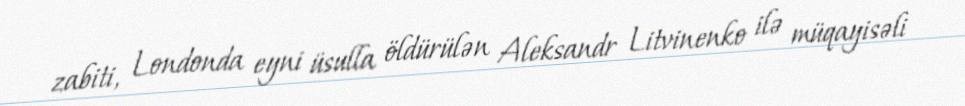
zabiti, Londonda eyni üsulla öldürülən Aleksandr Litvinenko ilə müqayisəli